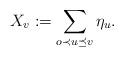
LaTeX: \begin{align*} X_v:=\sum_{o\prec u\preceq v}\eta_u.\end{align*}